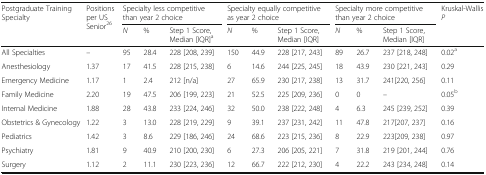
<table><thead><tr><td rowspan="2"><b>Postgraduate Training Specialty</b></td><td rowspan="2"><b>Positions per US Senior<sup>26</sup></b></td><td colspan="3"><b>Specialty less competitive than year 2 choice</b></td><td colspan="3"><b>Specialty equally competitive as year 2 choice</b></td><td colspan="3"><b>Specialty more competitive than year 2 choice</b></td><td><b>Kruskal-Wallis<i>P</i></b></td></tr><tr><td><b><i>N</i></b></td><td><b>%</b></td><td><b>Step 1 Score, Median [IQR]<sup>a</sup></b></td><td><b><i>N</i></b></td><td><b>%</b></td><td><b>Step 1 Score, Median [IQR]</b></td><td><b><i>N</i></b></td><td><b>%</b></td><td><b>Step 1 Score, Median [IQR]</b></td><td>[EMPTY_CELL]</td></tr></thead><tbody><tr><td>All Specialties</td><td>–</td><td>95</td><td>28.4</td><td>228 [208, 239]</td><td>150</td><td>44.9</td><td>228 [217, 243]</td><td>89</td><td>26.7</td><td>237 [218, 248]</td><td>0.02<sup>a</sup></td></tr><tr><td>Anesthesiology</td><td>1.37</td><td>17</td><td>41.5</td><td>228 [215, 238]</td><td>6</td><td>14.6</td><td>244 [225, 245]</td><td>18</td><td>43.9</td><td>230 [221, 243]</td><td>0.29</td></tr><tr><td>Emergency Medicine</td><td>1.17</td><td>1</td><td>2.4</td><td>212 [n/a]</td><td>27</td><td>65.9</td><td>230 [217, 238]</td><td>13</td><td>31.7</td><td>241[220, 256]</td><td>0.11</td></tr><tr><td>Family Medicine</td><td>2.20</td><td>19</td><td>47.5</td><td>206 [199, 223]</td><td>21</td><td>52.5</td><td>225 [209, 236]</td><td>0</td><td>0</td><td>–</td><td>0.05<sup>b</sup></td></tr><tr><td>Internal Medicine</td><td>1.88</td><td>28</td><td>43.8</td><td>233 [224, 246]</td><td>32</td><td>50.0</td><td>238 [222, 248]</td><td>4</td><td>6.3</td><td>245 [239, 252]</td><td>0.39</td></tr><tr><td>Obstetrics &amp; Gynecology</td><td>1.22</td><td>3</td><td>13.0</td><td>228 [219, 229]</td><td>9</td><td>39.1</td><td>237 [231, 242]</td><td>11</td><td>47.8</td><td>217[207, 237]</td><td>0.16</td></tr><tr><td>Pediatrics</td><td>1.42</td><td>3</td><td>8.6</td><td>229 [186, 246]</td><td>24</td><td>68.6</td><td>223 [215, 236]</td><td>8</td><td>22.9</td><td>223[209, 238]</td><td>0.97</td></tr><tr><td>Psychiatry</td><td>1.81</td><td>9</td><td>40.9</td><td>210 [200, 230]</td><td>6</td><td>27.3</td><td>206 [205, 221]</td><td>7</td><td>31.8</td><td>219 [201, 244]</td><td>0.76</td></tr><tr><td>Surgery</td><td>1.12</td><td>2</td><td>11.1</td><td>230 [223, 236]</td><td>12</td><td>66.7</td><td>222 [212, 230]</td><td>4</td><td>22.2</td><td>243 [234, 248]</td><td>0.14</td></tr></tbody></table>